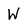
Character: w